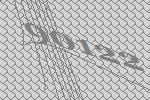
90122